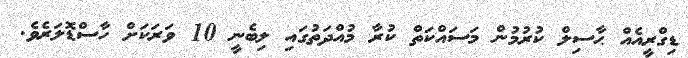
ޑިގްރީއެއް ޙާސިލް ކުރުމުން މަސައްކަތް ކުރާ މުއްދަތުގައި ލިބެނީ 10 ވަރަކަށް ހާސްޑޮލަރެވެ.